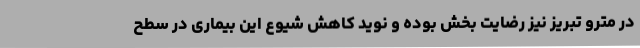
در مترو تبریز نیز رضایت بخش بوده و نوید کاهش شیوع این بیماری در سطح